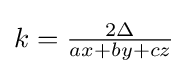
k={\tfrac {2\Delta }{ax+by+cz}}